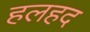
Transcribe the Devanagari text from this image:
हलहद